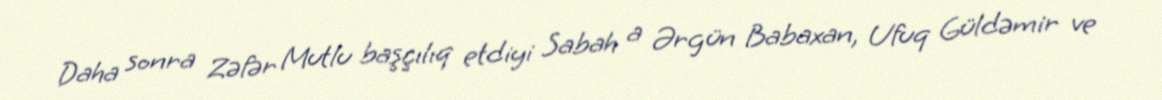
Daha sonra Zəfər Mutlu başçılıq etdiyi Sabah a Ərgün Babaxan, Ufuq Güldəmir ve